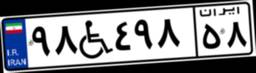
۹۸W۴۹۸۵۸